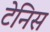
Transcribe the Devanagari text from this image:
टेनिस